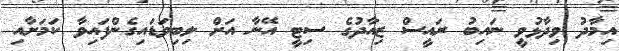
އިމާދު ވިދާޅުވީ ނައިބު ރައީސް ޒިއާދުގެ ސިޓީ އޭނާ އަށް ލިބިވަޑައިގެންފައިވާ ކަމަށާއި